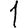
Digit: 1